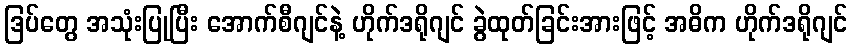
ဒြပ်တွေ အသုံးပြုပြီး အောက်စီဂျင်နဲ့ ဟိုက်ဒရိုဂျင် ခွဲထုတ်ခြင်းအားဖြင့် အဓိက ဟိုက်ဒရိုဂျင်